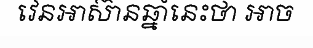
វេនអាស៊ានឆ្នាំនេះថា អាច